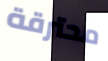
محترقة